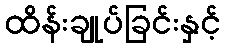
ထိန်းချုပ်ခြင်းနှင့်